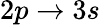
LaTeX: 2p\rightarrow 3s